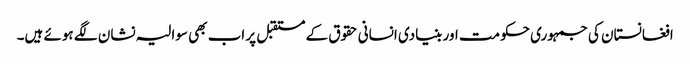
افغانستان کی جمہوری حکومت اور بنیادی انسانی حقوق کے مستقبل پر اب بھی سوالیہ نشان لگے ہوئے ہیں۔